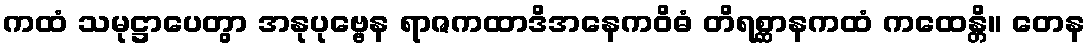
ကထံ သမုဋ္ဌာပေတွာ အနုပုဗ္ဗေန ရာဇကထာဒိအနေကဝိဓံ တိရစ္ဆာနကထံ ကထေန္တိ။ တေန